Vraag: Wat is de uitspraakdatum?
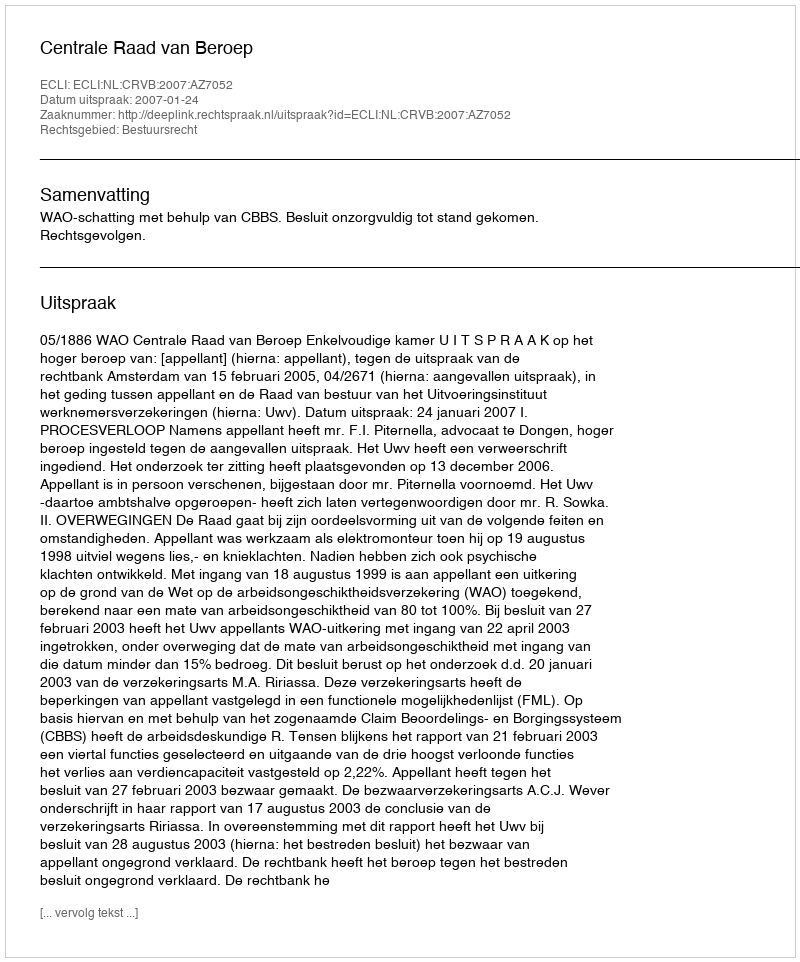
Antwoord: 2007-01-24